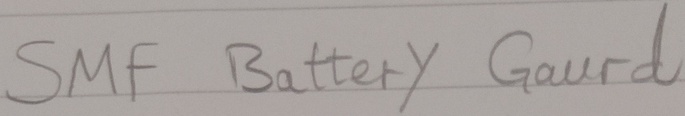
Text: SMF Battery Gaurd